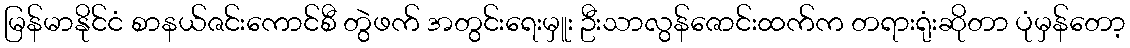
မြန်မာနိုင်ငံ စာနယ်ဇင်းကောင်စီ တွဲဖက် အတွင်းရေးမှူး ဦးသာလွန်ဇောင်းထက်က တရားရုံးဆိုတာ ပုံမှန်တော့